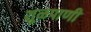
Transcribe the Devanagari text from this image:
शूळपाणी